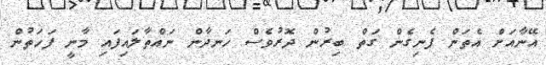
އޭނާއަށް އެތަން ފެނިގެން ގަތް ބިރުން ދޮރުވެސް ހަނދާން ނައްތާލައިފައި މާނީ ފަހަތުން